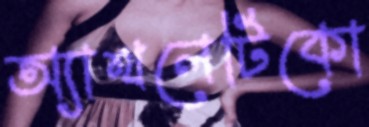
অ্যাথলেটিকো